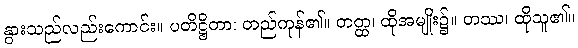
နွားသည်လည်းကောင်း။ ပတိဋ္ဌိတာ၊ တည်ကုန်၏။ တတ္ထ၊ ထိုအမျိုး၌။ တဿ၊ ထိုသူ၏။